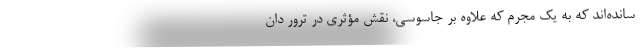
سانده‌اند که به یک مجرم که علاوه بر جاسوسی، نقش مؤثری در ترور دان